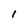
Character: I